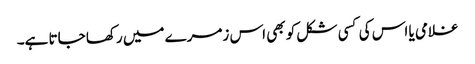
غلامی یا اس کی کسی شکل کو بھی اس زمرے میں رکھا جاتا ہے۔